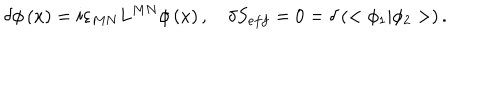
\delta \phi \left( x \right) = i \varepsilon _ { M N } L ^ { M N } \phi \left( x \right) , \quad \delta S _ { e f f } = 0 = \delta \left( < \phi _ { 1 } | \phi _ { 2 } > \right) .